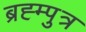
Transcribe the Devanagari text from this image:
ब्रह्म्पुत्र